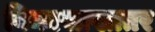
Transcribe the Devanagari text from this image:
विकासाखातर